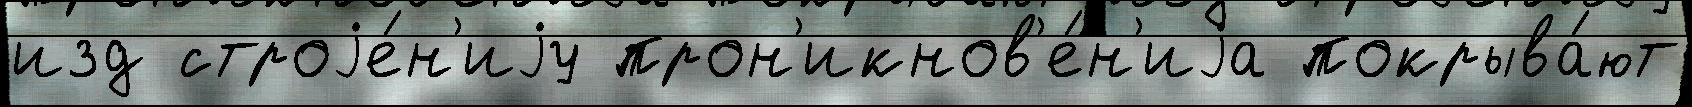
изд строjе́н'иjу прон'икнов'е́н'иjа покрыва́ют